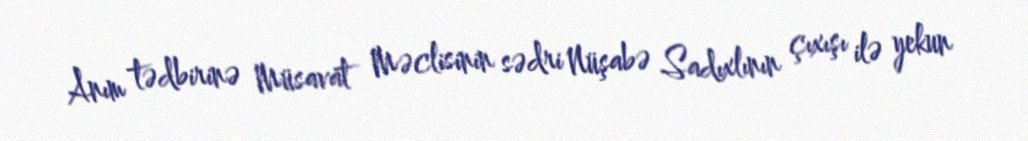
Anım tədbirinə Müsavat Məclisinin sədri Nüşabə Sadıxlının çıxışı ilə yekun